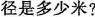
径是多少米?